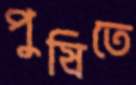
পুষিতে